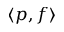
\langle p , f \rangle